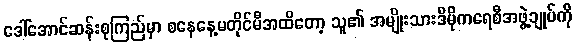
ဒေါ်အောင်ဆန်းစုကြည်မှာ စနေနေ့မတိုင်မီအထိတော့ သူ၏ အမျိုးသားဒီမိုကရေစီအဖွဲ့ချုပ်ကို